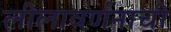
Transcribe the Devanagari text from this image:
लीलावर्णनाची